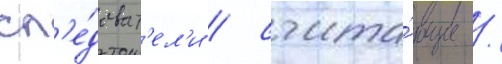
сл'е́доват'ел'и / счита́ющие /